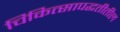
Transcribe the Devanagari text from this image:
चिकित्सापद्धतीतील